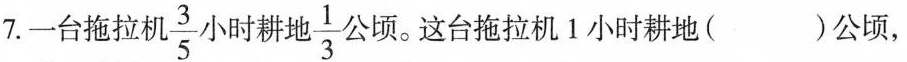
7.一台拖拉机\frac{3}{5}小时耕地\frac{1}{3}公顷。这台拖拉机1小时耕地( )公顷，